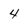
Character: 4